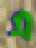
এ